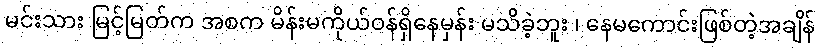
မင်းသား မြင့်မြတ်က အစက မိန်းမကိုယ်ဝန်ရှိနေမှန်း မသိခဲ့ဘူး ၊ နေမကောင်းဖြစ်တဲ့အချိန်